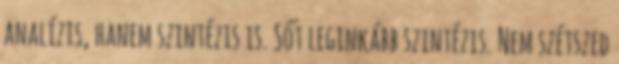
analízis, hanem szintézis is. Sőt leginkább szintézis. Nem szétszed